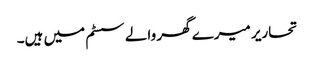
تحاریر میرے گھر والے سسٹم میں ہیں۔